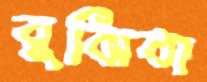
বুঝিবা